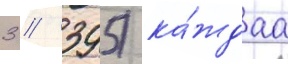
3 / 395) ка́ждаа